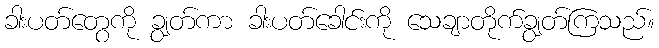
ခါးပတ်တွေကို ချွတ်ကာ ခါးပတ်ခေါင်းကို သေချာတိုက်ချွတ်ကြသည်။